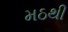
મઠથી